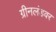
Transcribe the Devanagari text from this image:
ग्रीनलंडवर